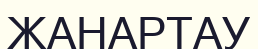
ЖАНАРТАУ